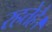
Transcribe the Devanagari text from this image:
रहतेहै।